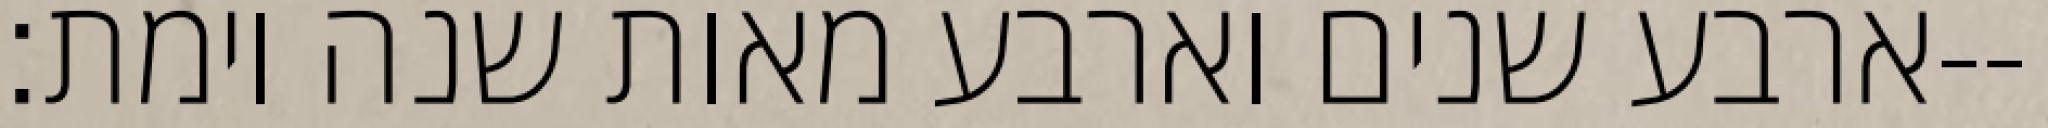
ארבע שנים וארבע מאות שנה וימת׃--